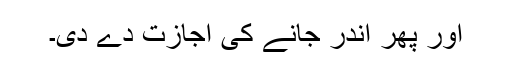
اور پھر اندر جانے کی اجازت دے دی۔